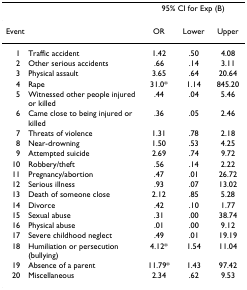
<table><thead><tr><td></td><td></td><td colspan="3"><b>95% CI for Exp (B)</b></td></tr></thead><tbody><tr><td colspan="2">Event</td><td>OR</td><td>Lower</td><td>Upper</td></tr><tr><td>1</td><td>Traffic accident</td><td>1.42</td><td>.50</td><td>4.08</td></tr><tr><td>2</td><td>Other serious accidents</td><td>.66</td><td>.14</td><td>3.11</td></tr><tr><td>3</td><td>Physical assault</td><td>3.65</td><td>.64</td><td>20.64</td></tr><tr><td>4</td><td>Rape</td><td>31.0*</td><td>1.14</td><td>845.20</td></tr><tr><td>5</td><td>Witnessed other people injured or killed</td><td>.44</td><td>.04</td><td>5.46</td></tr><tr><td>6</td><td>Came close to being injured or killed</td><td>.36</td><td>.05</td><td>2.46</td></tr><tr><td>7</td><td>Threats of violence</td><td>1.31</td><td>.78</td><td>2.18</td></tr><tr><td>8</td><td>Near-drowning</td><td>1.50</td><td>.53</td><td>4.25</td></tr><tr><td>9</td><td>Attempted suicide</td><td>2.69</td><td>.74</td><td>9.72</td></tr><tr><td>10</td><td>Robbery/theft</td><td>.56</td><td>.14</td><td>2.22</td></tr><tr><td>11</td><td>Pregnancy/abortion</td><td>.47</td><td>.01</td><td>26.72</td></tr><tr><td>12</td><td>Serious illness</td><td>.93</td><td>.07</td><td>13.02</td></tr><tr><td>13</td><td>Death of someone close</td><td>2.12</td><td>.85</td><td>5.28</td></tr><tr><td>14</td><td>Divorce</td><td>.42</td><td>.10</td><td>1.77</td></tr><tr><td>15</td><td>Sexual abuse</td><td>.31</td><td>.00</td><td>38.74</td></tr><tr><td>16</td><td>Physical abuse</td><td>.01</td><td>.00</td><td>9.12</td></tr><tr><td>17</td><td>Severe childhood neglect</td><td>.49</td><td>.01</td><td>19.19</td></tr><tr><td>18</td><td>Humiliation or persecution (bullying)</td><td>4.12*</td><td>1.54</td><td>11.04</td></tr><tr><td>19</td><td>Absence of a parent</td><td>11.79*</td><td>1.43</td><td>97.42</td></tr><tr><td>20</td><td>Miscellaneous</td><td>2.34</td><td>.62</td><td>9.53</td></tr></tbody></table>